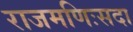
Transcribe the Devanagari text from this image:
राजमणिःसदा